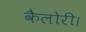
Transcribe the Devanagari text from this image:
कैलोरी।